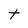
Character: t